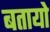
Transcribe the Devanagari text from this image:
बतायो